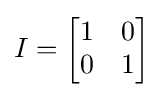
I={\begin{bmatrix}1&0\\0&1\end{bmatrix}}